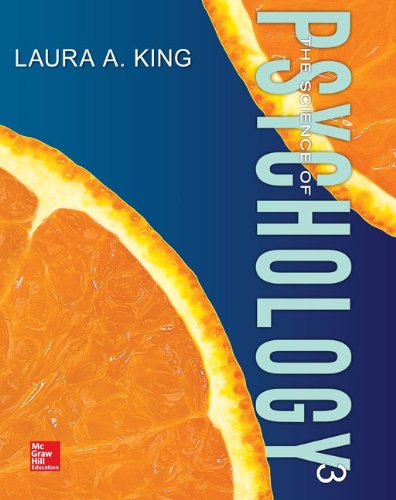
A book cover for The Science of Psychology: An Appreciative View, 3rd Edition; Laura A. King; Medical Books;